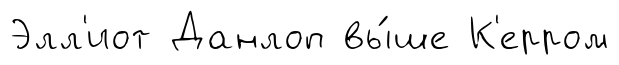
Элл'иот Данлоп вы́ше К'ерром